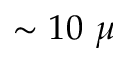
\sim 1 0 ~ \mu